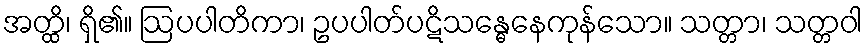
အတ္ထိ၊ ရှိ၏။ ဩပပါတိကာ၊ ဥပပါတ်ပဋိသန္ဓေနေကုန်သော။ သတ္တာ၊ သတ္တဝါ